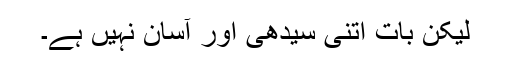
لیکن بات اتنی سیدھی اور آسان نہیں ہے۔